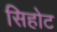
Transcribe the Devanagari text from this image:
सिहोट